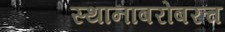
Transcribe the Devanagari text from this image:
स्थानाबरोबरच